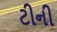
ટીની